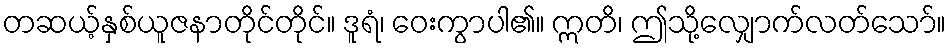
တဆယ့်နှစ်ယူဇနာတိုင်တိုင်။ ဒူရံ၊ ဝေးကွာပါ၏။ ဣတိ၊ ဤသို့လျှောက်လတ်သော်။